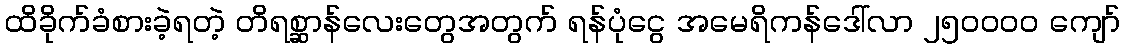
ထိခိုက်ခံစားခဲ့ရတဲ့ တိရစ္ဆာန်လေးတွေအတွက် ရန်ပုံငွေ အမေရိကန်ဒေါ်လာ ၂၅၀၀၀၀ ကျော်